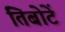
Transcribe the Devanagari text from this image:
तिबोटें